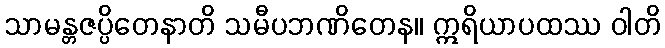
သာမန္တဇပ္ပိတေနာတိ သမီပဘဏိတေန။ ဣရိယာပထဿ ဝါတိ